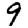
Digit: 9